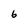
Character: 6